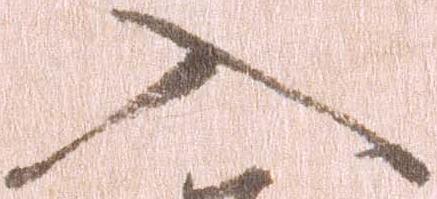
入